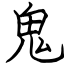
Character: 鬼